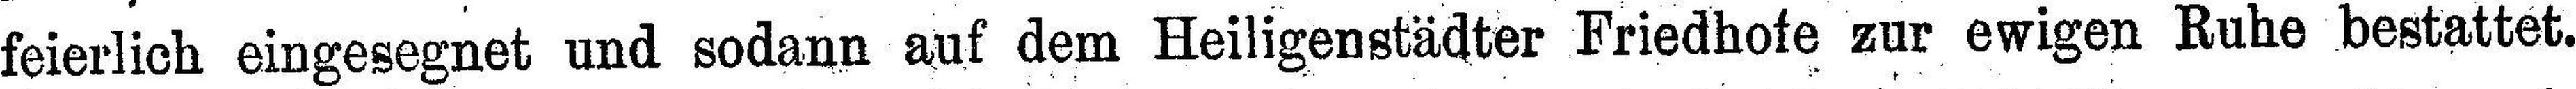
feierlich eingesegnet und sodann auf dem Heiligenstädter Friedhofe zur ewigen Ruhe bestattet.